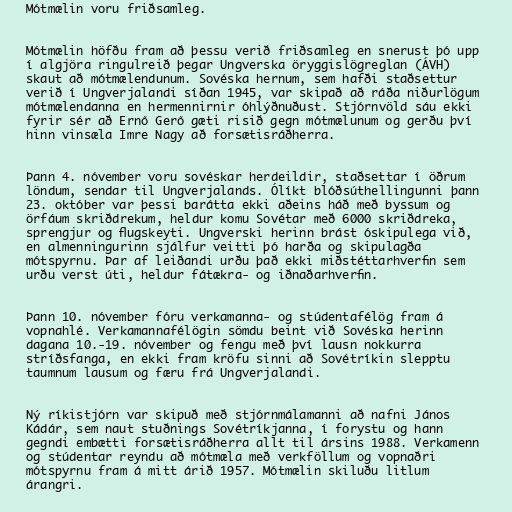
Mótmælin voru friðsamleg.

Mótmælin höfðu fram að þessu verið friðsamleg en snerust þó upp
í algjöra ringulreið þegar Ungverska öryggislögreglan (ÁVH)
skaut að mótmælendunum. Sovéska hernum, sem hafði staðsettur
verið í Ungverjalandi síðan 1945, var skipað að ráða niðurlögum
mótmælendanna en hermennirnir óhlýðnuðust. Stjórnvöld sáu ekki
fyrir sér að Ernő Gerő gæti risið gegn mótmælunum og gerðu því
hinn vinsæla Imre Nagy að forsætisráðherra.

Þann 4. nóvember voru sovéskar herdeildir, staðsettar í öðrum
löndum, sendar til Ungverjalands. Ólíkt blóðsúthellingunni þann
23. október var þessi barátta ekki aðeins háð með byssum og
örfáum skriðdrekum, heldur komu Sovétar með 6000 skriðdreka,
sprengjur og flugskeyti. Ungverski herinn brást óskipulega við,
en almenningurinn sjálfur veitti þó harða og skipulagða
mótspyrnu. Þar af leiðandi urðu það ekki miðstéttarhverfin sem
urðu verst úti, heldur fátækra- og iðnaðarhverfin.

Þann 10. nóvember fóru verkamanna- og stúdentafélög fram á
vopnahlé. Verkamannafélögin sömdu beint við Sovéska herinn
dagana 10.-19. nóvember og fengu með því lausn nokkurra
stríðsfanga, en ekki fram kröfu sinni að Sovétríkin slepptu
taumnum lausum og færu frá Ungverjalandi.

Ný ríkistjórn var skipuð með stjórnmálamanni að nafni János
Kádár, sem naut stuðnings Sovétríkjanna, í forystu og hann
gegndi embætti forsætisráðherra allt til ársins 1988. Verkamenn
og stúdentar reyndu að mótmæla með verkföllum og vopnaðri
mótspyrnu fram á mitt árið 1957. Mótmælin skiluðu litlum
árangri.